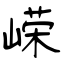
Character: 嵘